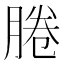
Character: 腃